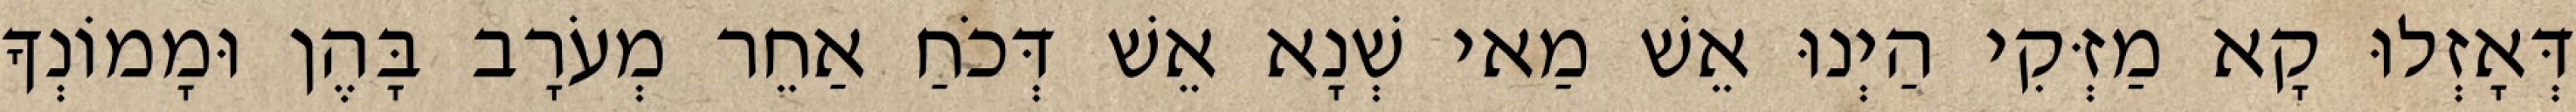
דְּאָזְלוּ קָא מַזְּקִי הַיְנוּ אֵשׁ מַאי שְׁנָא אֵשׁ דְּכֹחַ אַחֵר מְעֹרָב בָּהֶן וּמָמוֹנְךָ